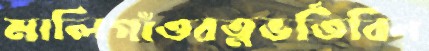
মালিগাঁওরত্নভর্তিবিন